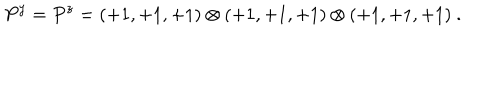
LaTeX: P ^ { y } = P ^ { z } = ( + 1 , + 1 , + 1 ) \otimes ( + 1 , + 1 , + 1 ) \otimes ( + 1 , + 1 , + 1 ) ~ . ~ \,